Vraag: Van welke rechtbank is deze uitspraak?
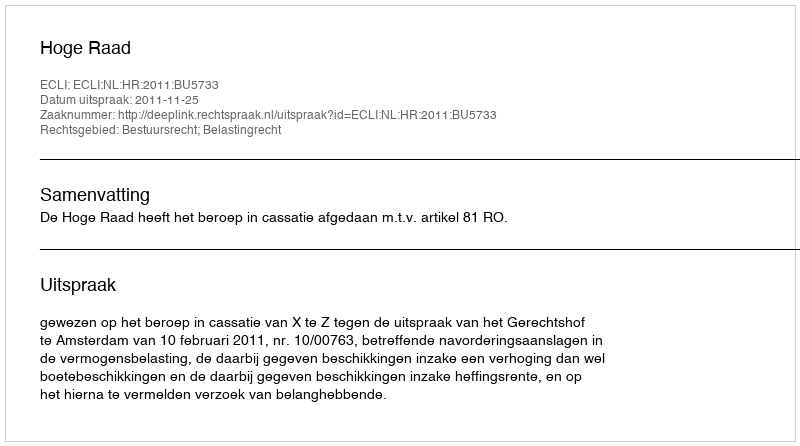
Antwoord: Hoge Raad